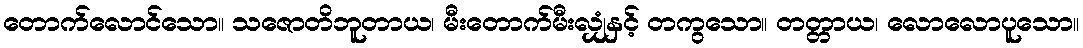
တောက်လောင်သော။ သဇောတိဘူတာယ၊ မီးတောက်မီးလျှံနှင့် တကွသော။ တတ္တာယ၊ လောလောပူသော။